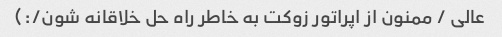
عالی / ممنون از اپراتور زوکت به خاطر راه حل خلاقانه شون/:)